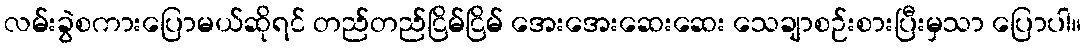
လမ်းခွဲစကားပြောမယ်ဆိုရင် တည်တည်ငြိမ်ငြိမ် အေးအေးဆေးဆေး သေချာစဉ်းစားပြီးမှသာ ပြောပါ။